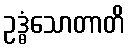
ဥဒ္ဓံသောတာတိ